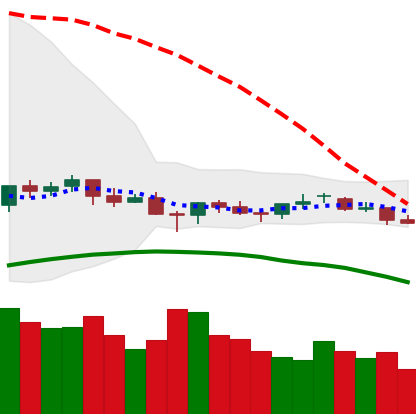
Ticker: LTC-USD
Chart end date: 2021-06-19
Forward return: -12.271%
Label: down_7plus